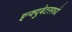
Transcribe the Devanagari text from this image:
इन्क्युबेटरमध्ये